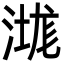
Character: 㴳